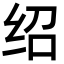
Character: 绍